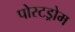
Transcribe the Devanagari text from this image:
पोस्टड्रोम